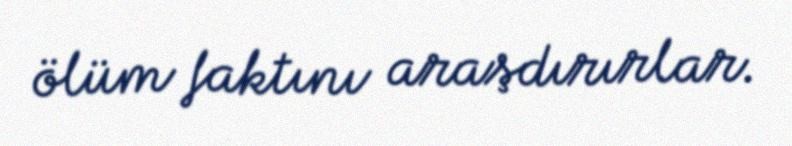
ölüm faktını araşdırırlar.